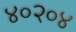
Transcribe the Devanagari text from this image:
४०२०४